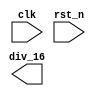
module DIV_16_CNT (
	input clk,
	input rst_n,
	output wire div_16
);

	//
	reg div_16_1;
	reg [2:0] temp1;
	always@(posedge clk or negedge rst_n) begin
		if(!rst_n) begin
			temp1 <= 3'd0;
			div_16_1 <= 1'd0;
		end else if (temp1 == 3'd7) begin
			div_16_1 <= ~div_16_1;
			temp1 <= 3'd0;
		end else begin
			temp1 <= temp1 + 3'd1;
		end
	end

	//
	reg [3:0] temp2;
	always @(posedge clk or negedge rst_n) begin
		if(~rst_n) begin
			temp2 <= 4'd0;
		end else begin
			temp2 <= temp2 + 4'd1;
		end
	end

	//2.1
	wire div_16_2;
	assign div_16_2 = (temp2 >= 4'd8 && temp2 <= 15) ? 1'd1 : 1'd0;
	//assign div_16_2 = (temp2 <= 4'd7) ? 1'd0 : 1'd1;

	//2.2
	reg div_16_3;
	always@(*) begin
		div_16_3 = (temp2 >= 4'd8 && temp2 <= 15) ? 1'd1 : 1'd0;
	end

	//2.3
	reg div_16_4;
	always@(*) begin
		if(temp2 <= 4'd7) begin
			div_16_4 <= 1'd0;
		end else begin
			div_16_4 <= 1'd1;
		end
	end

	//2.4
	reg div_16_5;
	always@(*) begin
		if(temp2 >= 4'd8 && temp2 <= 4'd15) begin
			div_16_5 <= 1'd1;
		end else begin
			div_16_5 <= 1'd0;
		end
	end

	//2.5
	reg div_16_6;
	always@(*) begin
		case(temp2 <= 4'd7)
			1'd1: div_16_6 <= 1'd0;
			default: div_16_6 <= 1'd1;
		endcase
	end

	//
	//3.1
	/* 
	
	*/
	reg [3:0] temp3;
	reg div_16_7;
	always@(posedge clk or negedge rst_n) begin
		if(~rst_n) begin
			div_16_7 <= 1'd0;
			temp3 <= 4'd0;
		end else if(temp3 == 4'd7 || temp3 == 4'd15) begin
			div_16_7 <= ~div_16_7;
			temp3 <= temp3 + 4'd1;
		end else begin
			temp3 <= temp3 + 4'd1;
		end
	end

	//3.2
	reg div_16_8;
	always@(posedge clk or negedge rst_n) begin
		if(~rst_n) begin
			div_16_8 <= 1'd0;
			temp3 <= 4'd0;
		end else if(temp3 >= 4'd7 && temp3 <= 4'd14) begin
			div_16_8 <= 1'd1;
		end else begin
			temp3 <= temp3 + 4'd1;
			div_16_8 <= 1'd0;
		end
	end

	//3.3
	reg div_16_9;
	always@(posedge clk or negedge rst_n) begin
		if(~rst_n) begin
			div_16_9 <= 1'd0;
		end else begin
			div_16_9 = (temp2 >= 4'd7 && temp2 <= 14) ? 1'd1 : 1'd0;
		end
	end

	//3.4
	reg div_16_10;
	always@(posedge clk or negedge rst_n) begin
		if(~rst_n) begin
			div_16_10 <= 1'd0;
		end else begin
			case(temp2)
				4'd7,4'd8,4'd9,4'd10,4'd11,4'd12,4'd13,4'd14: div_16_10 <= 1'd1;
				default: div_16_10 <= 1'd0;
			endcase
		end
	end

endmodule